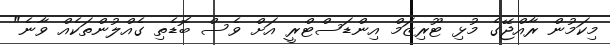
މިކަމުން ރާއްޖޭގެ މުޅި ޓޫރިޒަމް އިންޑަސްޓްރީ އަށް ވެސް ބޮޑެތި ގެއްލުންތަކެއް ވާނެ"